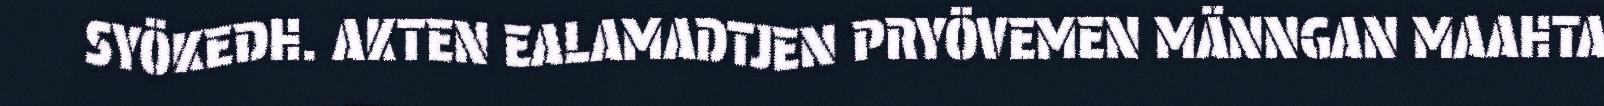
SYÖKEDH. AKTEN EALAMADTJEN PRYÖVEMEN MÄNNGAN MAAHTA